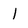
Character: 1